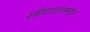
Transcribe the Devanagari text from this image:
स्त्रीवादासमोर